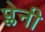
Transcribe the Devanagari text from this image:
प्लेनी